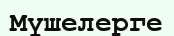
Мүшелерге